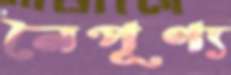
নৈপূণ্য